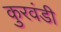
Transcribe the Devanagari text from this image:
कुरवंडी